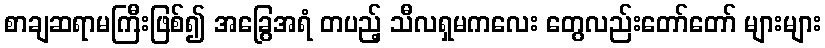
စာချဆရာမကြီးဖြစ်၍ အခြွေအရံ တပည့် သီလရှမကလေး တွေလည်းတော်တော် များများ